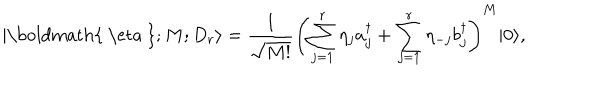
LaTeX: | \mathrm { \boldmath { ~ \ e t a ~ } } ; M ; D _ { r } \rangle = { \frac { 1 } { \sqrt { M ! } } } \left( \sum _ { j = 1 } ^ { r } \eta _ { j } a _ { j } ^ { \dagger } + \sum _ { j = 1 } ^ { r } \eta _ { - j } b _ { j } ^ { \dagger } \right) ^ { M } | 0 \rangle ,